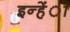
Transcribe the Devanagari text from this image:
इन्हेंा